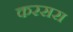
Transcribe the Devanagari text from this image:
करसरा